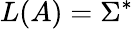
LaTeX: L(A)=\Sigma^{*}